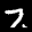
Label: 7